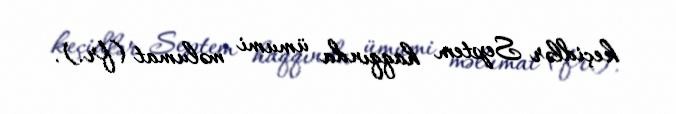
keçidlər Septem haqqında ümumi məlumat (fr.).